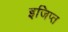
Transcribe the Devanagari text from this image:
इजिप्‍त